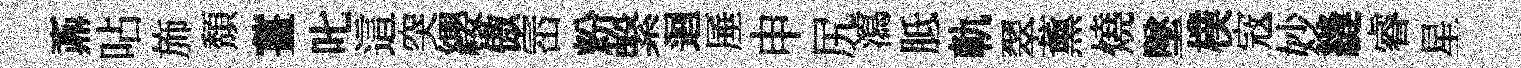
鼒呫斾頽薑叱這突纓傲崈粉繄迴厜申尻瀉胝軌翠薰燒墜樸𡨥妙縫睿星